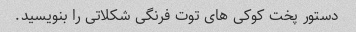
دستور پخت کوکی های توت فرنگی شکلاتی را بنویسید.